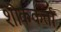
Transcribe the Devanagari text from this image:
शोककर्ता